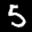
Label: 5